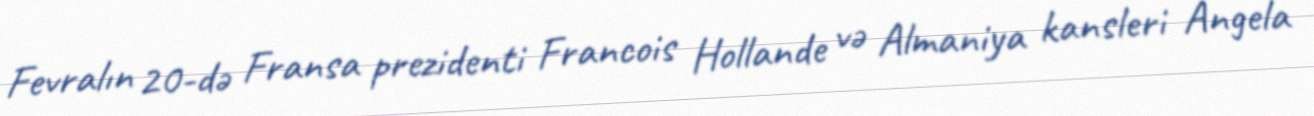
Fevralın 20-də Fransa prezidenti Francois Hollande və Almaniya kansleri Angela